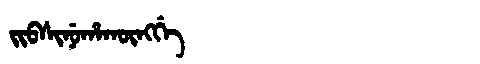
Manchu: ᠵᡳᠪᠰᡳᠨᡠᡥᠠᡴᡡᠩᡤᡝ
Romanization: JIBSINUHAKŪNGGE